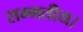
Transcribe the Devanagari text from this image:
सम्मतीय।